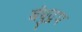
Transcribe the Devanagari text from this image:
बंधुद्वप